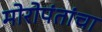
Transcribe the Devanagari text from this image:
मोरोपंतांचा